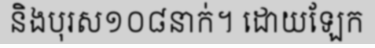
និងបុរស១០៨នាក់។ ដោយឡែក